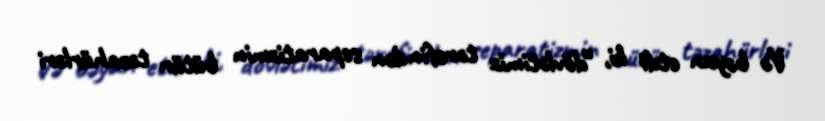
Və bəyan etdi ki, “dövlətimiz tərəfindən separatizmin bütün təzahürləri